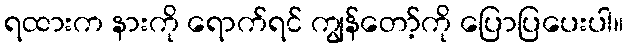
ရထားက နားကို ရောက်ရင် ကျွန်တော့်ကို ပြောပြပေးပါ။